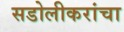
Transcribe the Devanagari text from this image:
सडोलीकरांचा